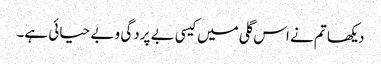
دیکھا تم نے اس گلی میں کیسی بے پردگی و بے حیائی ہے۔